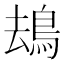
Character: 𩿹